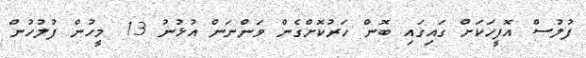
ފުލުސް އޮފީހަކަށް ގައިގައި ބޮން ހަރުކޮށްގެން ވަންނަން އުޅުނު 13 މީހުން ފުލުހުން